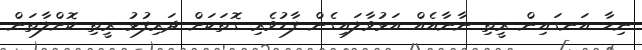
ނިހާ އަނގައިން ރީތި ނާނާއެއް އަޅުވާލައިގެން ފާޑުވެރި ގޮތަކަށް ދަރިފުޅު ރީތި ކޮށްލާތަން